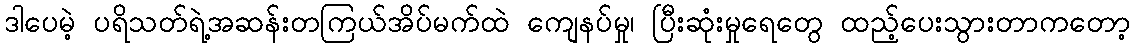
ဒါပေမဲ့ ပရိသတ်ရဲ့အဆန်းတကြယ်အိပ်မက်ထဲ ကျေနပ်မှု၊ ပြီးဆုံးမှုရေတွေ ထည့်ပေးသွားတာကတော့